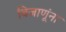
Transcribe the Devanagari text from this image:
विजाणूंना